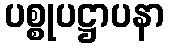
ပစ္စုပဋ္ဌာပနာ